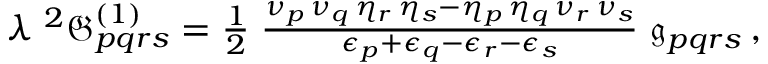
\begin{array} { r } { \lambda \; ^ { 2 } \mathfrak { G } _ { p q r s } ^ { ( 1 ) } = \frac { 1 } { 2 } \; \frac { \nu _ { p } \, \nu _ { q } \, \eta _ { r } \, \eta _ { s } - \eta _ { p } \, \eta _ { q } \, \nu _ { r } \, \nu _ { s } } { \epsilon _ { p } + \epsilon _ { q } - \epsilon _ { r } - \epsilon _ { s } } \; \mathfrak { g } _ { p q r s } \, , } \end{array}